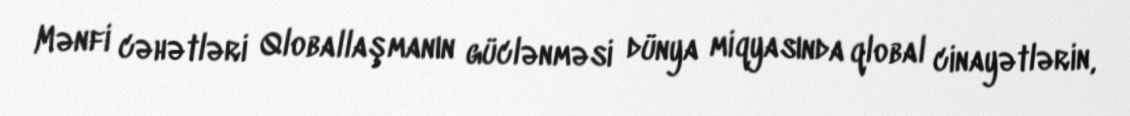
Mənfi cəhətləri Qloballaşmanın güclənməsi dünya miqyasında qlobal cinayətlərin,